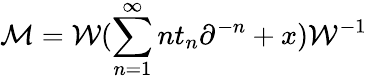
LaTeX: {\cal M}={\cal W}(\sum_{n=1}^{\infty}nt_{n}\partial^{-n}+x){\cal W}^{-1}